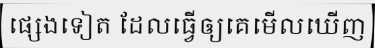
ផ្សេងទៀត ដែលធ្វើឲ្យគេមើលឃើញ